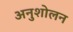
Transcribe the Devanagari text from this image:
अनुशोलन